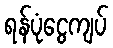
ရန်ပုံငွေကျပ်